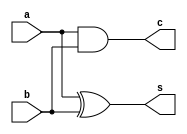
//Circuito meio somador de duas entradas: (1 bit)

module half_adder (a, b, s, c);
input a,b;
output s,c;

assign s = a ^ b;
assign c = a & b;

endmodule

//A partir do hal-adder que  possvel criar um full adder

//Possui 3 entradas: a, b e um Carry In, que so somadas
//Duas sadas: S e Carry Out
//Novamente a soma  o resultado de um OU exclusivo
//J o carry out vai ser um OU 

module full_adder (a, b, cin, soma, cout);

input a, b, cin;
output soma, cout;
wire carry1, carry2, soma1, soma2;


half_adder u1 (a, b, soma1,carry1);
half_adder u2 (cin, soma1, soma2, carry2);

assign soma = soma2;
assign cout = carry1 | carry2;

endmodule

module top(
	input [17:0] SW,
	output [17:0] LEDR
	);
		
	full_adder dut(SW[17], SW[16], SW[15], LEDR[17], LEDR[16]);

endmodule	

//Injetar sequencias de sinais para cobrir todos os casos da tabela verdade 
//Poderia tambm fazer um full adder com 10 NANDS